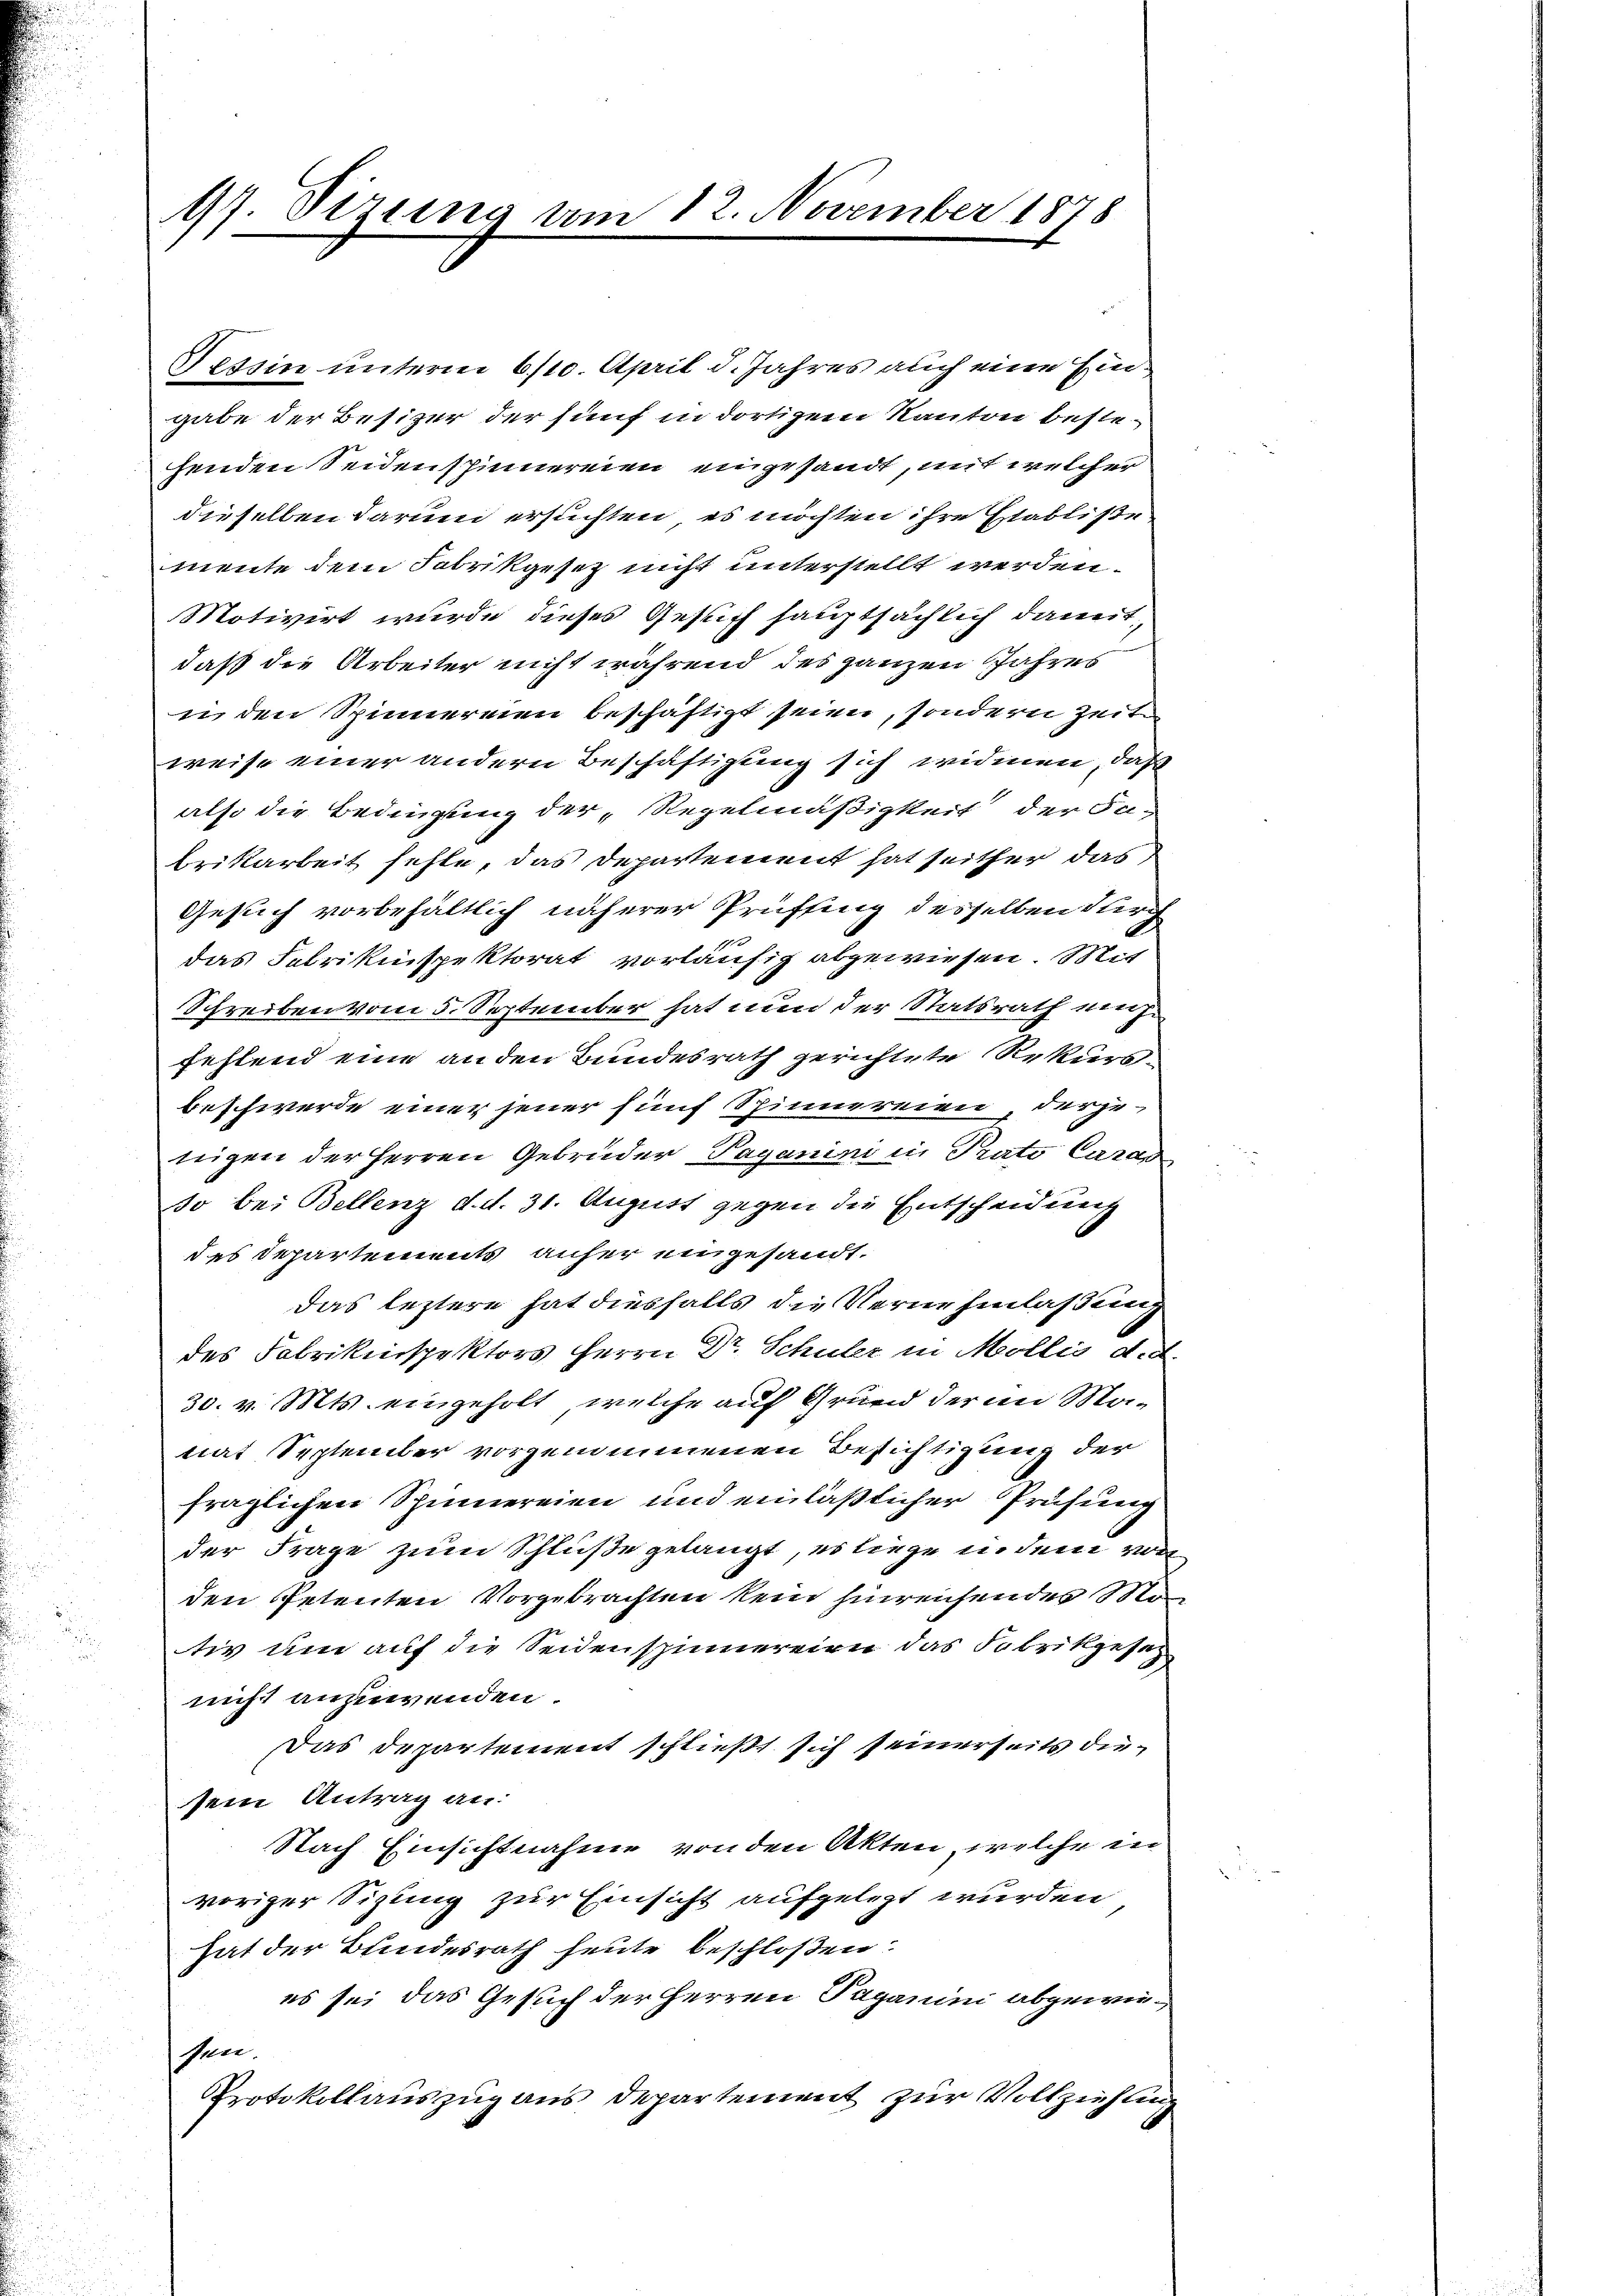
17. Sizung um

12. November 1878

Nessin unterm 6/10. April d. Jahres auch eine Eingabe der Besizer der fünf in dortigem Kanton bestehenden Seidenspinnereien eingesandt, mit welcher
dieselben darum ersuchten, es möchten ihre Etabliße
mente dem Fabrikgesetz nicht unterstellt werden.
Motivirt wurde dieses Gesuch hauptsächlich damit
daß die Arbeiter nicht während des ganzen Jahres
i den Spinnereien beschäftigt seien, sondern Zeit
weise einer andern Beschäftigung sich widmen, daß
also die Bedingung der Regelmäßigkeit der Sabrikarbeit fehle, das Departement hat seither das
Gesuch vorbehältlich näherer Prüffing desselben durch
das Fabrikinspektorat vorläufig abgewiesen. Mit
Schreiben vom 5. September hat nun der Statsrath mühe
fehlend eine anden Bundesrath gerichtete Rekursbeschwerde einer jener fünf Spinnereien derje
nigen der Herren Gebrüder Paganini in Prato Carad
so bei Bellenz d. d. 31. August gegen die Entscheidung
des Departements anher eingesandt.
das leztere hat diesfalls die Vernehmlassung
des Fabrikinspektors Herrn Dr. Schuler in Mollis d. d.
30. v. Mts. eingeholt, welche auf Grund der im Manat September vorgenommenen Besichtigung der
fraglichen Spinnereien und einläßlicher Prüfung
der Frage zum Schluße gelangt, es liege in dem vor
den Petenten Vorgebrachten kein hinreichendes Schu
tiv um auf die Seidenspinnereien das Fabrikgesez
nicht anzuwenden.
Das Departement schließt sich seinerseits diesein Antrag an:
Nach Einsichtnahme von den Akten, welche in
voriger Sizung zur Einsicht aufgelegt wurden
hat der Bundesrath heute beschloßen:
es sei das Gesuch der Herren Paganini abgewiesen.
Protokollauszug aus Departement zur Vollziehung